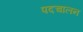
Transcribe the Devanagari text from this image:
पदचालन